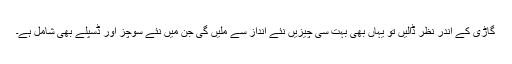
گاڑی کے اندر نظر ڈالیں تو یہاں بھی بہت سی چیزیں نئے انداز سے ملیں گی جن میں نئے سوچز اور ڈسپلے بھی شامل ہے۔